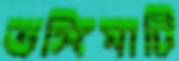
ভঙ্গিমাটি